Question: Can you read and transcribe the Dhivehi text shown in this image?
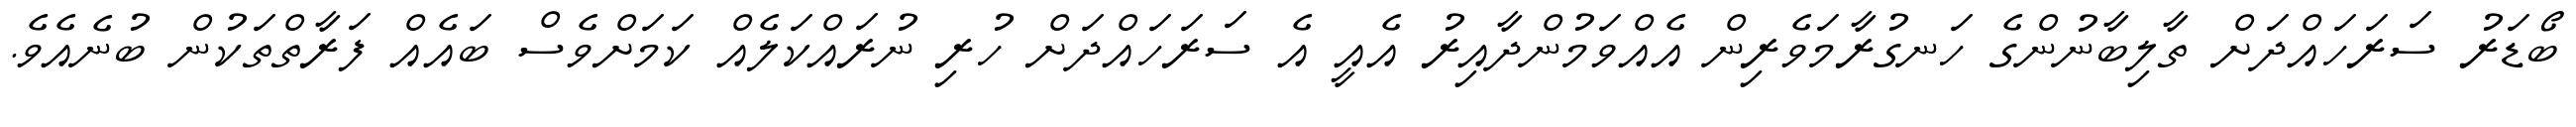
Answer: ބޯޑަރު ސަރަހައްދަށް ތާލިބާނުންގެ ހަނގުރާމަވެރިން އެއްވަމުންދާއިރު އެއީ އެ ސަރަހައްދަށް ހުރި ނުރައްކަލެއް ކަމަށްވެސް ބައެއް ފަރާތްތަކުން ބުނެއެވެ.